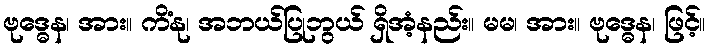
ဗုဒ္ဓေန၊ အား။ ကိံနု၊ အဘယ်ပြုဘွယ် ရှိအံ့နည်း။ မမ၊ အား။ ဗုဒ္ဓေန၊ ဖြင့်။